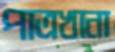
পাত্রখানা